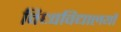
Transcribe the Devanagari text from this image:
विध्वविद्यालयों